system: You are a helpful assistant.
user:
Analyze the provided spectrum to determine if it is a **S-type Star**.

- **Key Indicators for S-type Star:**

    - **(Overall Spectrum Shape):** The first and most obvious characteristic is the overall continuum (the "baseline" shape). It is **extremely "red-sloping,"** meaning the flux (light intensity) is very low on the left side (blue, ~4000-4500 Å) and rises steeply and continuously toward the right side (red, ~7000 Å+).

    - **(Primary):** The spectrum is defined by the presence of strong, broad molecular absorption "valleys" (bands) from **Zirconium Oxide (ZrO)**. The identification of these bands is the **primary requirement** for classifying a star as S-type.
        - **(Key Bandheads):** You must find distinct, deep "dips" where the light has been absorbed. The most critical band systems to locate are:
            - **~6474 Å** ($\gamma$-system): This is often the strongest and clearest ZrO feature, found in the red part of the spectrum.
            - **~5718 Å** & **~5551 Å** ($\beta$-system): A pair of prominent absorption features in the yellow-orange part of the spectrum.
            - **~4640 Å** ($\alpha$-system): A key absorption band system in the blue-green region of the spectrum.

    - **(Secondary Confirmation):** The classification is strengthened by finding additional absorption bands from other related heavy element oxides, which are expected to be present alongside ZrO.
        - **(Key Bandheads):**
            - **Yttrium Oxide (YO):** Look for absorption dips near **~4800 Å** and **~6100 Å**.
            - **Lanthanum Oxide (LaO):** Additional absorption features, particularly in the red-orange part of the spectrum, are also characteristic.

    - **(Line Profile):** The combination of the steep red continuum and these numerous, deep molecular bands (ZrO, YO, etc.) gives the entire spectrum a very **"chopped-up"** or **"bumpy"** appearance. Instead of a smooth curve, the spectrum looks as though large, wide chunks of light have been "carved out" of it at the specific wavelengths listed above.

Think first, call **spectral_visualization_tool** if needed to examine features in detail, then provide your final answer. Your response must adhere to the following strict rules:
1.  **Overall Structure:** Your response must follow the format `<think>...</think> <tool_call>...</tool_call> (if a tool is used) <answer>...</answer>`.
2.  **Tool Usage Constraint:** You may only make **one** tool call per turn.
3.  **Final Answer Format:** In the `<answer>` tag, your conclusion must be inside a `\boxed{}` command (e.g., `\boxed{YES}` or `\boxed{NO}`), followed by your justification.

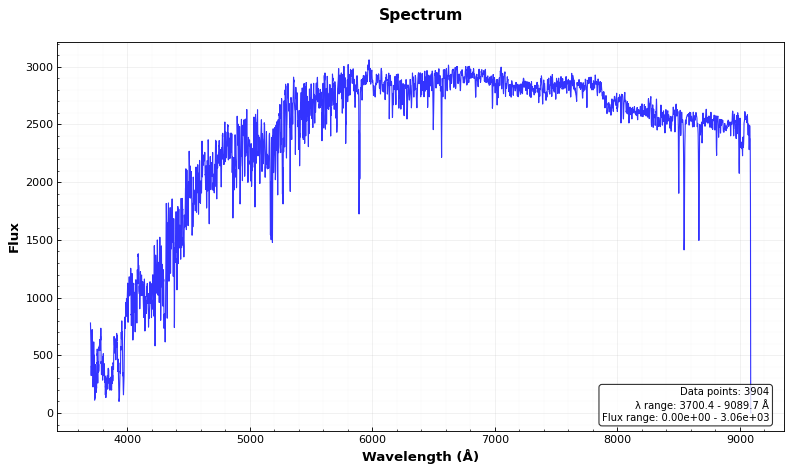
Answer: NO